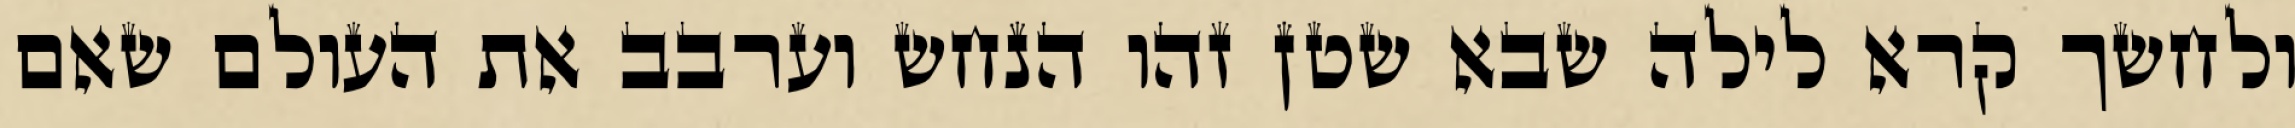
ולחשך קרא לילה שבא שטן זהו הנחש וערבב את העולם שאם